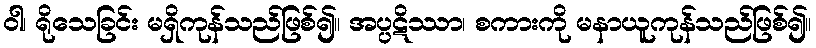
ဝါ၊ ရိုသေခြင်း မရှိကုန်သည်ဖြစ်၍။ အပ္ပဋိဿာ၊ စကားကို မနာယူကုန်သည်ဖြစ်၍။